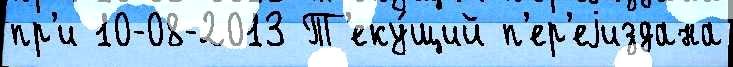
пр'и 10-08-2013 Т'еку́щий п'ер'еjиздана